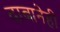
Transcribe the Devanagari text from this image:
दाबानेही